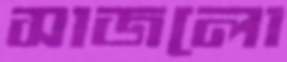
সাজলো